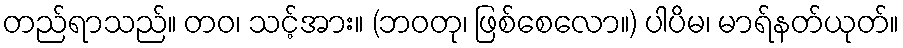
တည်ရာသည်။ တဝ၊ သင့်အား။ (ဘဝတု၊ ဖြစ်စေလော။) ပါပိမ၊ မာရ်နတ်ယုတ်။